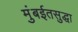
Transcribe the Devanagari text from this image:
मुंबईतसुद्धा